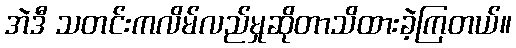
အဲဒီ သတင်းကလိမ်လည်မှုဆိုတာသိထားခဲ့ကြတယ်။